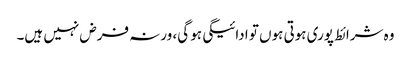
وہ شرائط پوری ہوتی ہوں تو ادائیگی ہو گی، ورنہ فرض نہیں ہیں۔